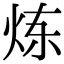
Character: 炼